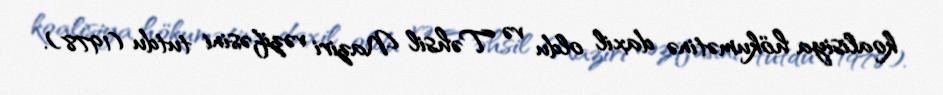
koalisiya hökumətinə daxil oldu və Təhsil Naziri vəzifəsini tutdu (1978).